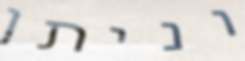
וניתן